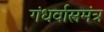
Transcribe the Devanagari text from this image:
गंधर्वास्त्रमंत्र